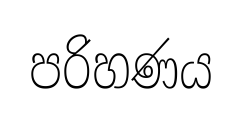
පරිහණය